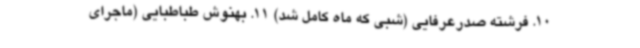
10. فرشته صدرعرفایی (شبی که ماه کامل شد) 11. بهنوش طباطبایی (ماجرای